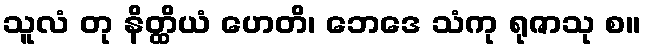
သူလံ တု နိတ္ထိယံ ဟေတိ၊ ဘေဒေ သံကု ရုဇာသု စ။